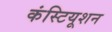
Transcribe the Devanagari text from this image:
कंस्टियूशन